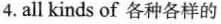
4. all kinds of 各种各样的